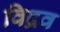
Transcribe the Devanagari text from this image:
विद्रव